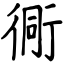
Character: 衕